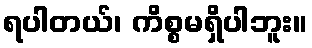
ရပါတယ်၊ ကိစ္စမရှိပါဘူး။